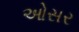
ઓસર